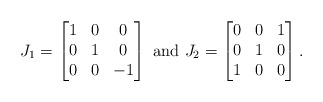
\begin{align*}J_1=\begin{bmatrix}1 & 0 & 0\\0 & 1 & 0\\0 & 0 & -1\end{bmatrix}\mbox{ and }J_2=\begin{bmatrix}0 & 0 & 1\\0 & 1 & 0\\1 & 0 & 0\end{bmatrix}.\end{align*}